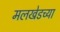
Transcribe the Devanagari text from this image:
मलखेडच्या